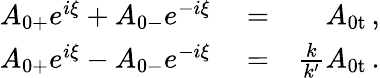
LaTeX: \begin{array}{rlr}{A_{\mathrm{0+}}e^{i\xi}+A_{\mathrm{0-}}e^{-i\xi}}&{{}=}&{A_{\mathrm{0t}}\, ,}\\ {A_{\mathrm{0+}}e^{i\xi}-A_{\mathrm{0-}}e^{-i\xi}}&{{}=}&{\frac{k}{k^{\prime}}A_{\mathrm{0t}}\, .}\end{array}